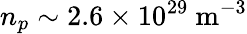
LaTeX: n_{p}\sim 2.6\times 10^{29}\ \mathrm{m^{-3}}